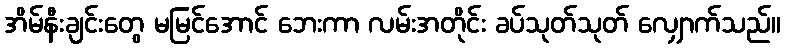
အိမ်နီးချင်းတွေ မမြင်အောင် ဘေးကာ လမ်းအတိုင်း ခပ်သုတ်သုတ် လျှောက်သည်။